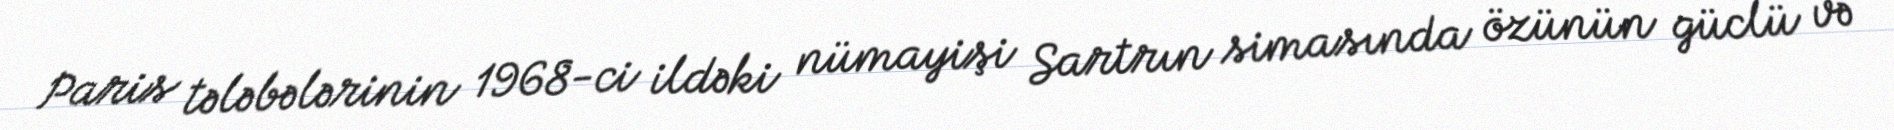
Paris tələbələrinin 1968-ci ildəki nümayişi Sartrın simasında özünün güclü və